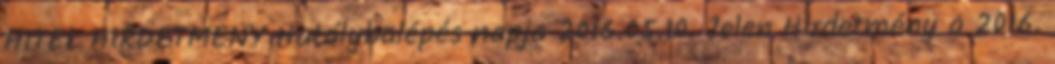
HITEL HIRDETMÉNY Hatálybalépés napja 2016.05.10. Jelen Hirdetmény a 2016.